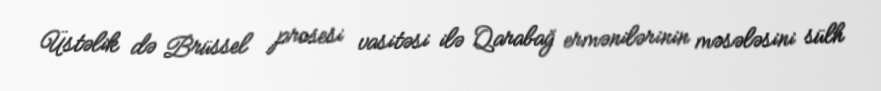
Üstəlik də Brüssel prosesi vasitəsi ilə Qarabağ ermənilərinin məsələsini sülh